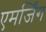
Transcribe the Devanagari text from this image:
एमर्जिंग